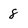
Character: 8